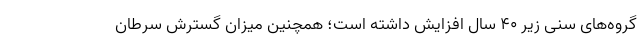
گروه‌های سنی زیر ۴۰ سال افزایش داشته است؛ همچنین میزان گسترش سرطان